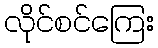
လိုင်စင်ကြေး